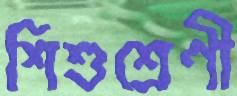
শিশুশ্রেণী